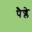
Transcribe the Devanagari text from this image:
पैज्ले